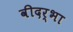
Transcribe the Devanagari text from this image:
वीदर्भा